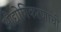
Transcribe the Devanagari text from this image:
औद्योगिकरणाची